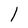
Character: 1